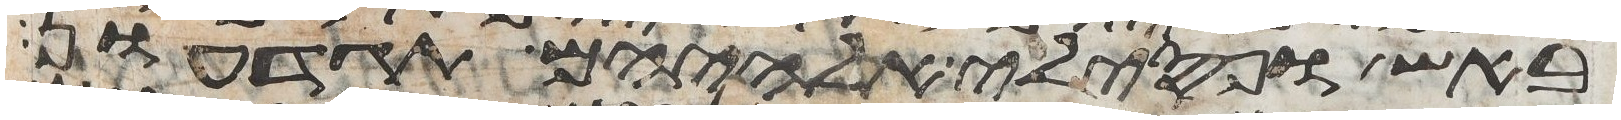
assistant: באש ופסילי אלהיהם תגדעון